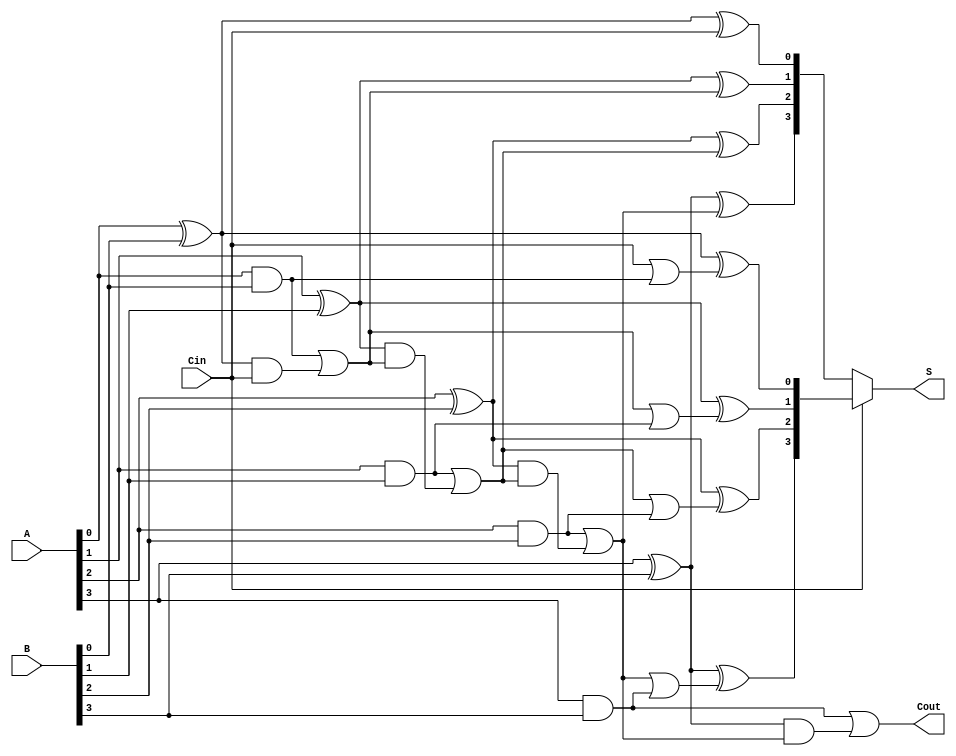
module CarrySelectAdder #(parameter n = 4) (
    input  wire [n-1:0] A,     // First n-bit input
    input  wire [n-1:0] B,     // Second n-bit input
    input  wire         Cin,    // Input carry
    output wire [n-1:0] S,      // Sum output
    output wire         Cout     // Output carry
);

    // Internal signals for carry and sum
    wire [n:0] carry;           // Carry for each segment
    wire [n-1:0] sum0;          // Sum with Cin = 0
    wire [n-1:0] sum1;          // Sum with Cin = 1

    // Generate and propagate signals
    wire [n-1:0] P;             // Propagate
    wire [n-1:0] G;             // Generate

    // Generate propagate and generate signals for each bit
    genvar i;
    generate
        for (i = 0; i < n; i = i + 1) begin : gen_prop_gen
            assign P[i] = A[i] ^ B[i]; // Propagate
            assign G[i] = A[i] & B[i]; // Generate
        end
    endgenerate

    // Carry generation using lookahead logic
    assign carry[0] = Cin; // Initial carry

    generate
        for (i = 0; i < n; i = i + 1) begin : carry_gen
            assign carry[i + 1] = G[i] | (P[i] & carry[i]);
        end
    endgenerate

    // Segment adder (2-bit or 4-bit) for sums with Cin = 0 and Cin = 1
    generate
        for (i = 0; i < n; i = i + 1) begin : sum_calc
            if (i == 0) begin
                assign sum0[i] = P[i] ^ carry[i]; // Sum with Cin = 0
                assign sum1[i] = P[i] ^ (carry[i] | G[i]); // Sum with Cin = 1
            end
            else begin
                assign sum0[i] = P[i] ^ carry[i]; // Sum with Cin = 0
                assign sum1[i] = P[i] ^ (carry[i] | G[i]); // Sum with Cin = 1
            end
        end
    endgenerate

    // Final sum and carry output selection based on Cin
    assign S = Cin ? sum1 : sum0;
    assign Cout = carry[n];

endmodule